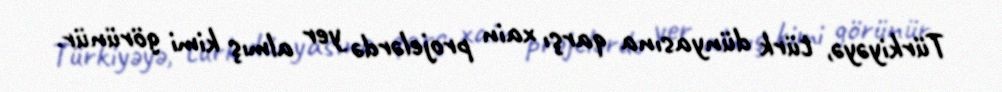
Türkiyəyə, türk dünyasına qarşı xain projelərdə yer almış kimi görünür.